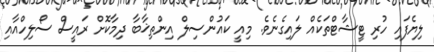
ލިޔެފައި ހުރި ޓީޝާޓްތަކެއް ލައިގެނެވެ. މިއީ ކައުންސިލް އިންތިޚާބާ ދިމާކޮށް ރައީސް ސޯލިހްއާއި